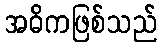
အဓိကဖြစ်သည်